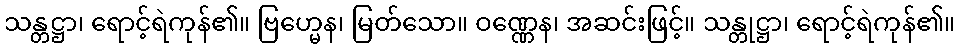
သန္တဋ္ဌာ၊ ရောင့်ရဲကုန်၏။ ဗြဟ္မေန၊ မြတ်သော။ ဝဏ္ဏေန၊ အဆင်းဖြင့်။ သန္တုဋ္ဌာ၊ ရောင့်ရဲကုန်၏။